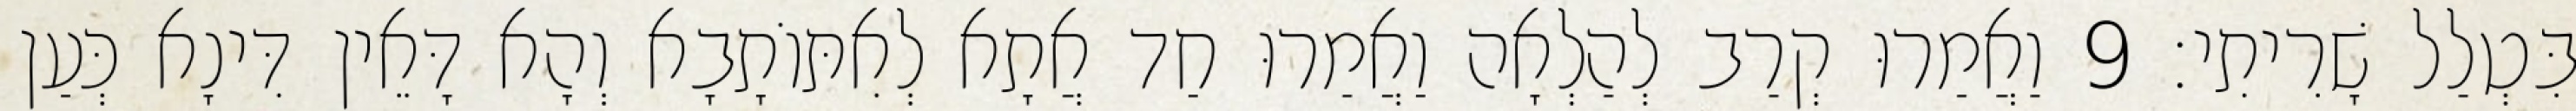
בִּטְלַל שָׁרִיתִי׃ 9 וַאֲמַרוּ קְרַב לְהַלְאָה וַאֲמַרוּ חַד אֲתָא לְאִתּוֹתָבָא וְהָא דָּאֵין דִּינָא כְּעַן